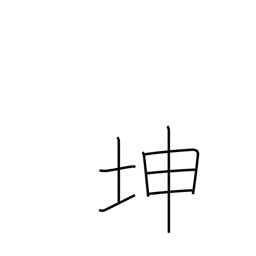
Meaning: land